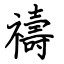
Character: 禱